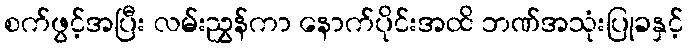
စက်ဖွင့်အပြီး လမ်းညွှန်ကာ နောက်ပိုင်းအထိ ဘဏ်အသုံးပြုခနှင့်